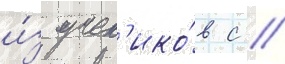
и́з учен'ико́в с //